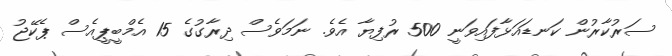
ސަރުކާރުން ކަނޑައަޅާފައިވަނީ 500 ރުފިޔާ އެވެ. ނަމަވެސް ދިރާގުގެ 15 އެމްބީޕީއެސް ޕެކޭޖު